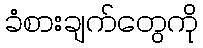
ခံစားချက်တွေကို